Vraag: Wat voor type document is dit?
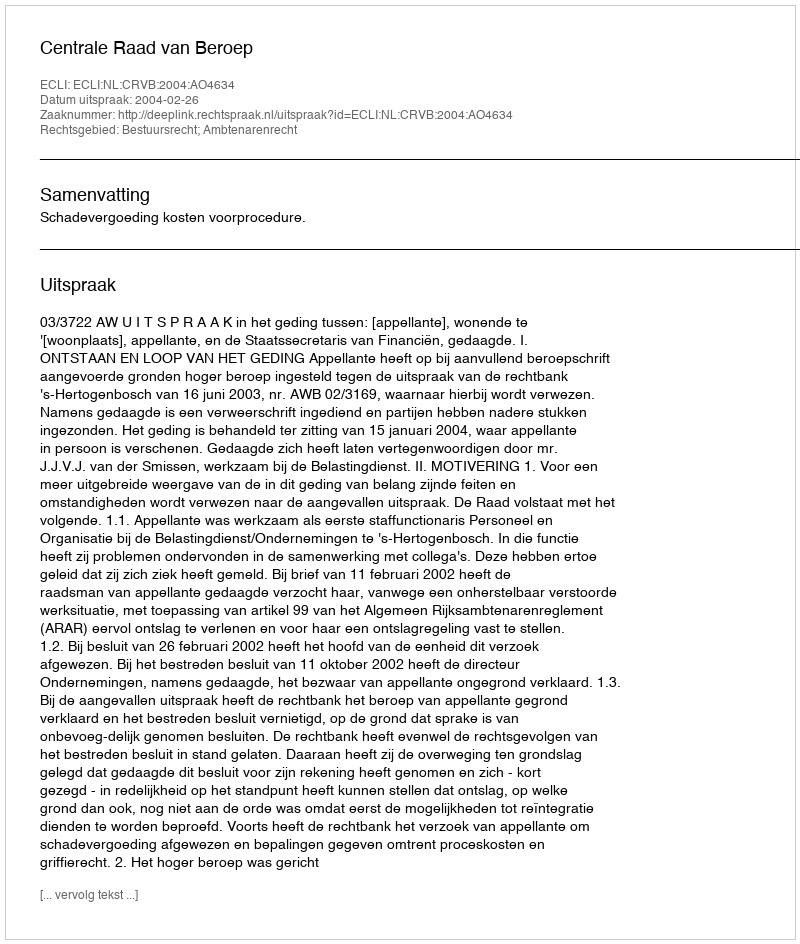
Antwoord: Uitspraak